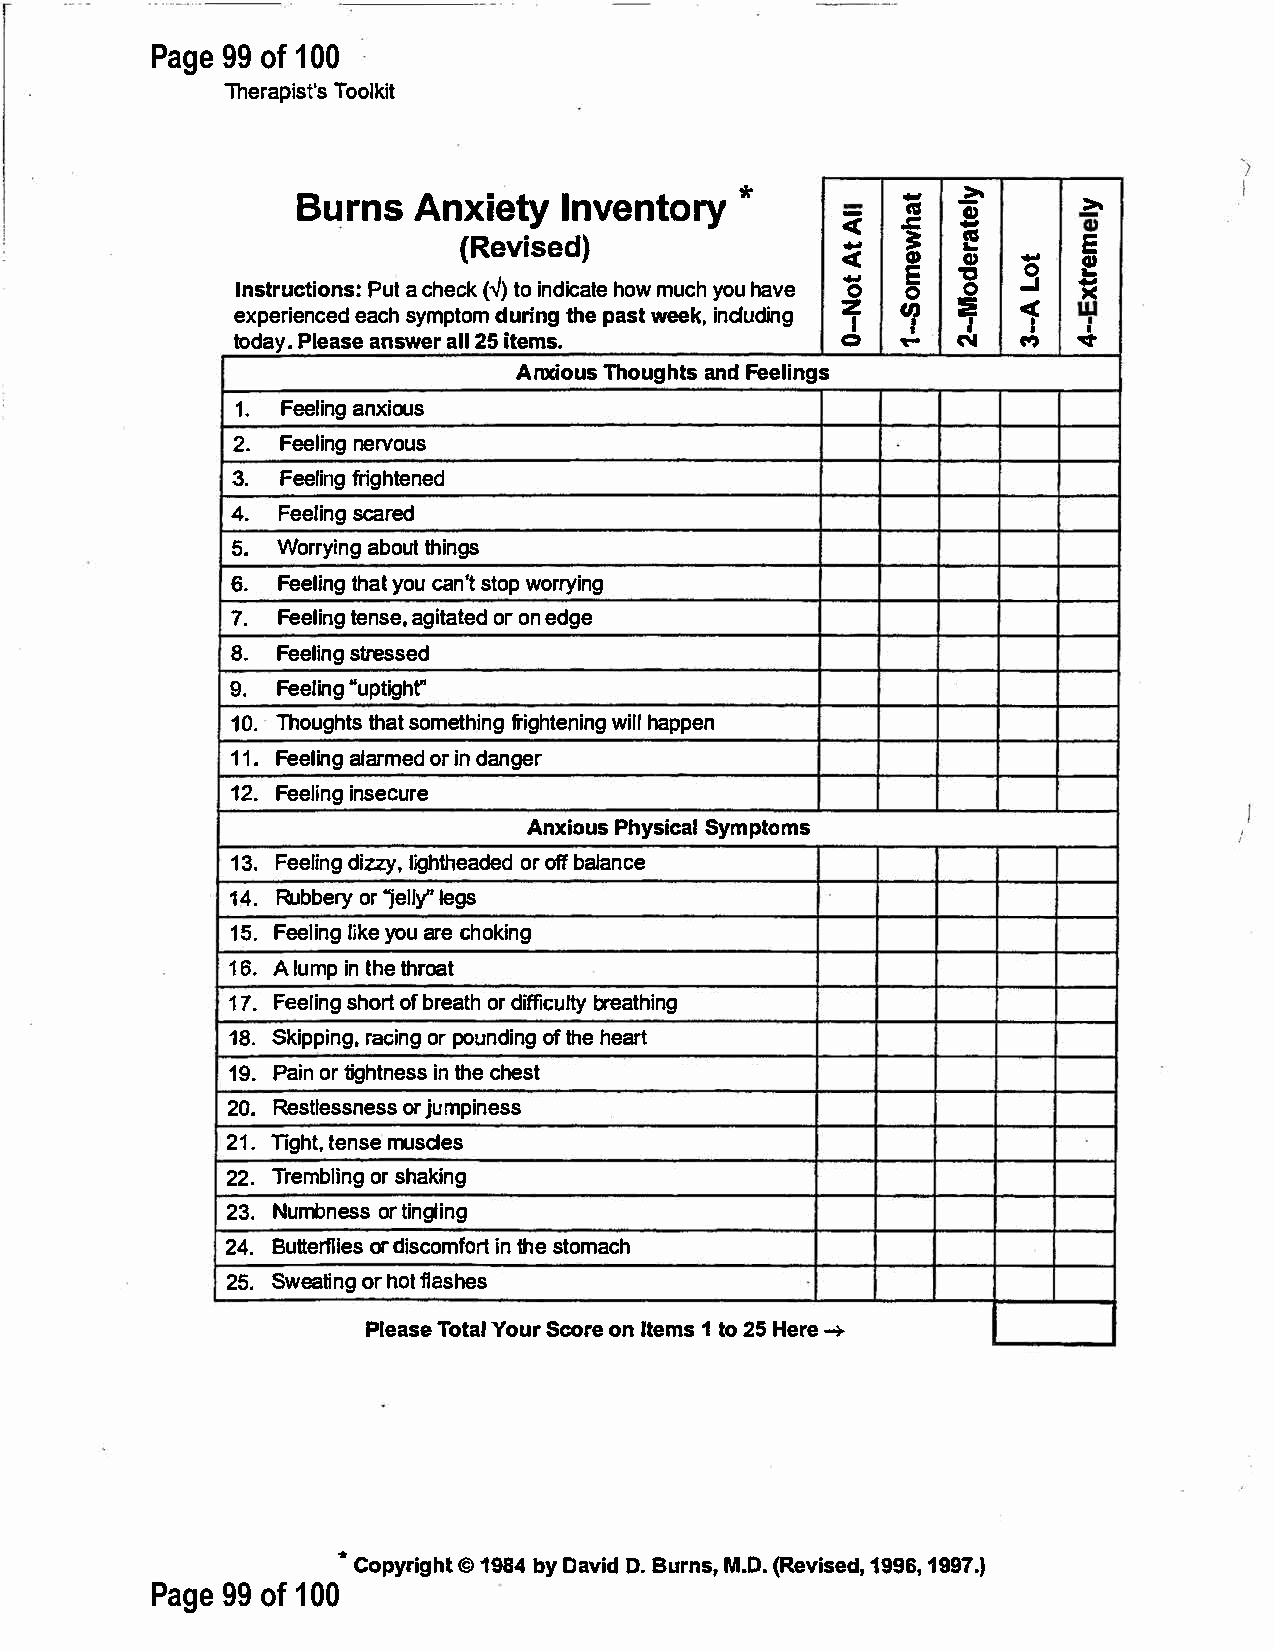
Page 99 of 100
 Therapist's     Toolkit
 -
 *              -
 BurAnnsx       iIentvye     ntor-y      Ill ai>, ->,
 (Revised)                 �-  1   I!      E
 <
 GI      I!!
 E  "Cl  0
 InstrucPtuiato ncsh(:e✓ ct)koi ndihcoawmt uec yho hua ve z0 0 0 -I ><
 expenrcieeeda cshy mptdoumr itnhgpe a swte eikn,c ludi'n g"1... :ii: ' ci:
 '   '   '   "' '""
 I
 todaPyl.e aasnes waelr2l 5i tems.       0      N
 AnxioTuhso ugahntdFs e elings
 1.Feelainnxgi ous
 2.Feelnienrvgo us
 3.  Feelfriintggeh ned
 4.Feelsicnagr ed
 5.Worryaibnogtu hti ngs
 6.Feeltihnyagot cau n 'stt owpo rrying
 7.Feeltienngas gei,t oarot nee dd ge
 8.Feelsitnregs sed
 9.Feel"iunpgt ight"
 10.Thougthhtsasot m etfhriinggh wtiehlnalip npge n
 11.Feelailnagr omrie ndd anger
 12.Feeliinnsge cure
 AnxioPuhsy siScyamlp toms
 13.Feeldiinzzygl, i ghthoeroa ffbd aelda nce
 14.Rubboerry" jellelgy"s
 15.Feelliinykgoe au r ceh oking
 16.Al umipnt hteh roat
 17.Feelsihnogortf b reaotrdh i fficburletayt hing
 18.Skippriancgio,nrp g o undoiftn hghe e art
 19.Paionrt ightinnte hscesh est
 20.Restlesosrjn uemspsi ness
 21.Tight,  mtuesncslee s
 22.Trembolrsi hnagk ing
 23.Numbneosrts i ngling
 24.Butteorflrdi iessc oimntf hosertt omach
 25.Swenagtoi rh oflta shes
 PleaTsoet Yaolu Src oroenI te1mt so2 5H er➔e
 •Copyrig1h9t8b©4y D avDi.dB urnMs.,D( .R evised1,9 9179.9)6,
 Page 99 of 100